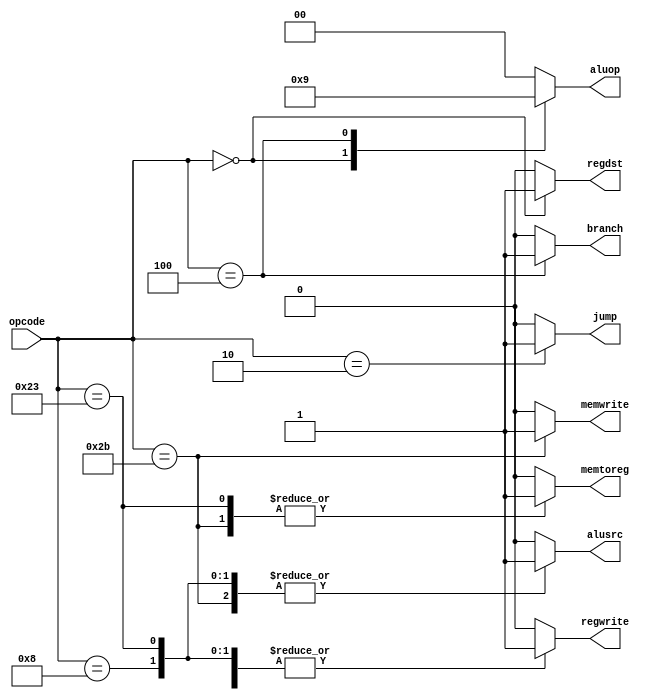
module Main_Decoder #(parameter width =6)
(
input      [width-1:0] opcode,
output reg             jump,
output reg             memtoreg,
output reg             memwrite,
output reg             branch,
output reg             alusrc,
output reg             regdst,
output reg             regwrite,
output reg [1:0]       aluop
);

always @(*)
begin
 case(opcode)
   6'b000000:begin
      jump    =1'b0;    
      memtoreg=1'b0;
      memwrite=1'b0;
      branch  =1'b0;
      alusrc  =1'b0;
      regdst  =1'b1;
      regwrite=1'b1;
      aluop   =2'b10;
             end
   6'b000010:begin
      jump    =1'b1;    
      memtoreg=1'b0;
      memwrite=1'b0;
      branch  =1'b0;
      alusrc  =1'b0;
      regdst  =1'b0;
      regwrite=1'b0;
      aluop   =2'b0;
             end
   6'b000100:begin
      jump    =1'b0;    
      memtoreg=1'b0;
      memwrite=1'b0;
      branch  =1'b1;
      alusrc  =1'b0;
      regdst  =1'b0;
      regwrite=1'b0;
      aluop   =2'b01;
             end
   6'b001000:begin
      jump    =1'b0;    
      memtoreg=1'b0;
      memwrite=1'b0;
      branch  =1'b0;
      alusrc  =1'b1;
      regdst  =1'b0;
      regwrite=1'b1;
      aluop   =2'b0;
             end
   6'b100011:begin
      jump    =1'b0;    
      memtoreg=1'b1;
      memwrite=1'b0;
      branch  =1'b0;
      alusrc  =1'b1;
      regdst  =1'b0;
      regwrite=1'b1;
      aluop   =2'b0;
             end
   6'b101011:begin
      jump    =1'b0;    
      memtoreg=1'b1;
      memwrite=1'b1;
      branch  =1'b0;
      alusrc  =1'b1;
      regdst  =1'b0;
      regwrite=1'b0;
      aluop   =2'b0;
             end
   default  :begin
      jump    =1'b0;    
      memtoreg=1'b0;
      memwrite=1'b0;
      branch  =1'b0;
      alusrc  =1'b0;
      regdst  =1'b0;
      regwrite=1'b0;
      aluop   =2'b0;
             end
  
 endcase
end

endmodule